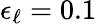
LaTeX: \epsilon_{\ell}=0.1